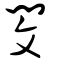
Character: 閔